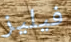
فيليز